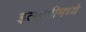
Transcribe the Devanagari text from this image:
इत्यांदीमध्ये